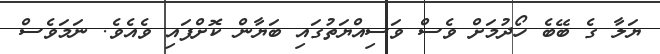
ޔަލާ ގެ ބޭބެ ހޯދުމަށް ވެސް ވަސިއްޔަތުގައި ބަޔާން ކޮށްފައި ވެއެވެ. ނަމަވެސް